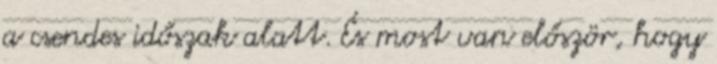
a csendes időszak alatt. És most van először, hogy